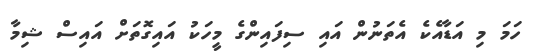
ހަމަ މި އަޑާއެކެ އެތަނުން އައި ސިފައިންގެ މީހަކު އައިގޮތަށް އައިސް ޝިމާ